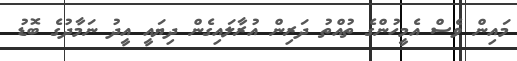
މައިން ވެސް އެމީހުންގެ ތުއްތު ދަރިން އުރާލައިގެން ދިޔައީ އީދު ނަމާދުގެ ބޮޑު